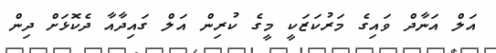
އަލް އަނާދް ވައިގެ މަރުކަޒަކީ މީގެ ކުރިން އަލް ގައިދާއާ ދެކޮޅަށް ދިން